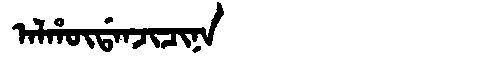
Manchu: ᠠᠯᡥᡡᡩᠠᠨᠵᡳᠴᡳᠨᠠ
Romanization: ALHŪDANJICINA